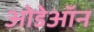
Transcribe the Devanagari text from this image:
ओडेऑन